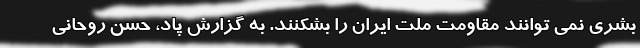
بشری نمی توانند مقاومت ملت ایران را بشکنند. به گزارش پاد، حسن روحانی